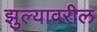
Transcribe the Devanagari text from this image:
झुल्यावरील